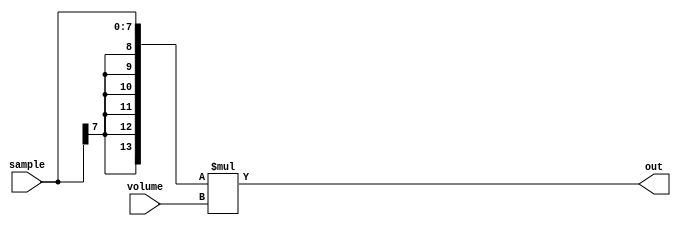
module svmul
(
	input 	[7:0] sample,		
	input	[5:0] volume,		
	output	[13:0] out			
);
wire	[13:0] sesample;   		
wire	[13:0] sevolume;		
assign 	sesample[13:0] = {{6{sample[7]}},sample[7:0]};
assign	sevolume[13:0] = {8'b00000000,volume[5:0]};
assign out[13:0] = {sesample[13:0] * sevolume[13:0]};
endmodule